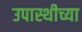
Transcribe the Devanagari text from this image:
उपास्थीच्या